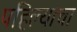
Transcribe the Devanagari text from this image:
पहिल्यांचा